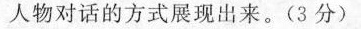
人物对话的方式展现出来。(3分)